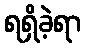
ရရှိခဲ့ရာ